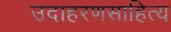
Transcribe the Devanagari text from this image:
उदाहरणसाहित्य